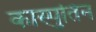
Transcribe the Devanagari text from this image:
कास्पुतिन